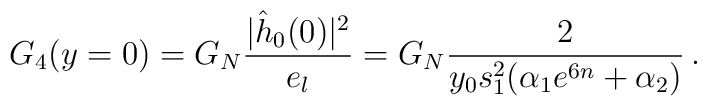
G_4(y=0) = G_N {|\hat{h}_0(0)|^2 \over e_l} = G_N {2 \over y_0s_1^2 (\alpha_1e^{6n} + \alpha_2)}\,.